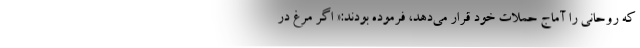
که روحانی را آماج حملات خود قرار می‌دهد، فرموده بودند:« اگر مرغ در